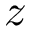
z